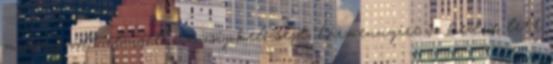
muszáj volt elviselni a csipkelődést, bármennyire is kedve lett